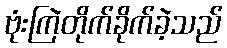
ဗုံးကြဲတိုက်ခိုက်ခဲ့သည်